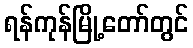
ရန်ကုန်မြို့တော်တွင်